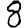
Digit: 8